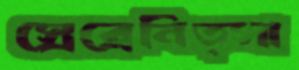
স্রেব্রেনিত্সা